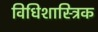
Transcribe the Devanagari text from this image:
विधिशास्त्रिक